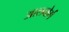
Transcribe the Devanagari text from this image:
आलबोर्ग